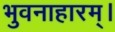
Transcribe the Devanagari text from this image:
भुवनाहारम्‌।